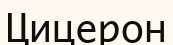
Цицерон